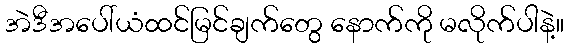
အဲဒီအပေါ်ယံထင်မြင်ချက်တွေ နောက်ကို မလိုက်ပါနဲ့။